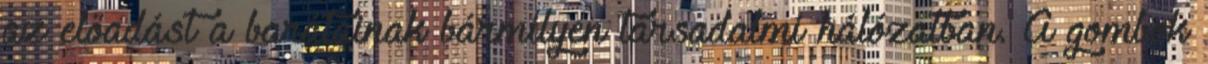
az előadást a barátainak bármilyen társadalmi hálózatban. A gombok